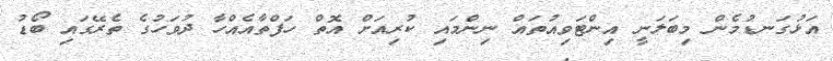
އަޅުގަނޑުމެން މިބަލަނީ އިންޓަވިއުތައް ނިންމައި ކުރިއަށް އޮތް ހަފްތާއެއްހާ ދުވަހުގެ ތެރޭގައި ބޯޑު